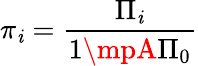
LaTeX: \pi_{\mathit{i}}=\frac{{\Pi_{\mathit{i}}}}{{1\mpA\Pi_{0}}}